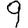
Digit: 9